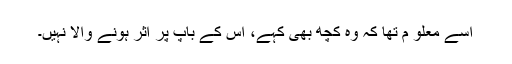
اسے معلو م تھا کہ وہ کچھ بھی کہے، اس کے باپ پر اثر ہونے والا نہیں۔